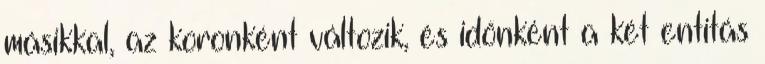
másikkal, az koronként változik, és időnként a két entitás